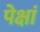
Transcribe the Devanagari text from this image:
पेक्षां